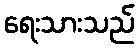
ရေးသားသည်